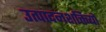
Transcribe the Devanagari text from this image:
उत्पादनशक्तियों